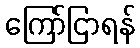
ကြော်ငြာရန်